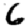
Digit: 6